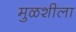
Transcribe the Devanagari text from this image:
मुळशीला